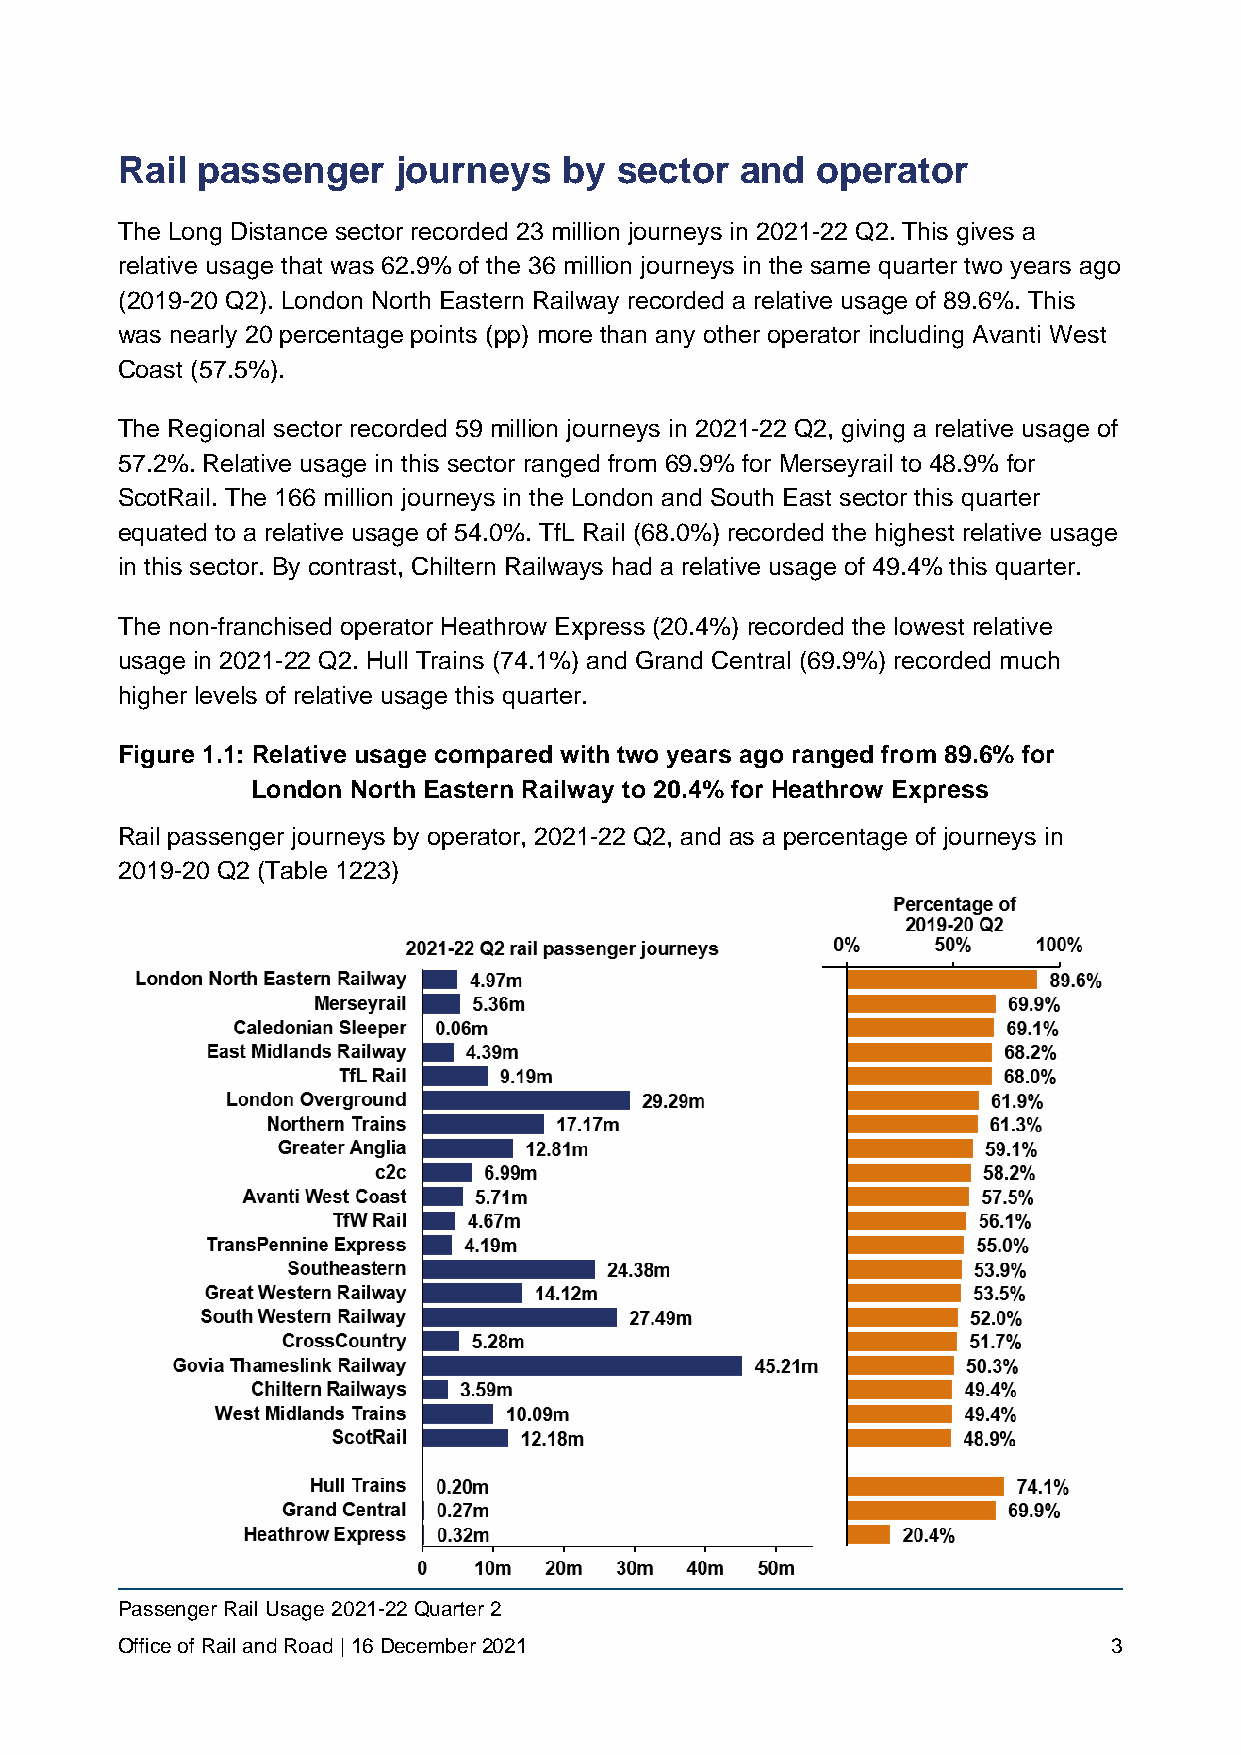
Rail passenger    journeys   by  sector  and  operator
 The Long Distance sector recorded 23 million journeys in 2021-22 Q2. This gives a
 relative usage that was 62.9% of the 36 million journeys in the same quarter two years ago
 (2019-20 Q2). London North Eastern Railway recorded a relative usage of 89.6%. This
 was nearly 20 percentage points (pp) more than any other operator including Avanti West
 Coast (57.5%).
 The Regional sector recorded 59 million journeys in 2021-22 Q2, giving a relative usage of
 57.2%. Relative usage in this sector ranged from 69.9% for Merseyrail to 48.9% for
 ScotRail. The 166 million journeys in the London and South East sector this quarter
 equated to a relative usage of 54.0%. TfL Rail (68.0%) recorded the highest relative usage
 in this sector. By contrast, Chiltern Railways had a relative usage of 49.4% this quarter.
 The non-franchised operator Heathrow Express (20.4%) recorded the lowest relative
 usage in 2021-22 Q2. Hull Trains (74.1%) and Grand Central (69.9%) recorded much
 higher levels of relative usage this quarter.
 Figure 1.1: Relative usage compared with two years ago ranged from 89.6% for
 London North Eastern Railway to 20.4% for Heathrow Express
 Rail passenger journeys by operator, 2021-22 Q2, and as a percentage of journeys in
 2019-20 Q2 (Table 1223)
 Passenger Rail Usage 2021-22 Quarter 2
 Office of Rail and Road | 16 December 2021                        3